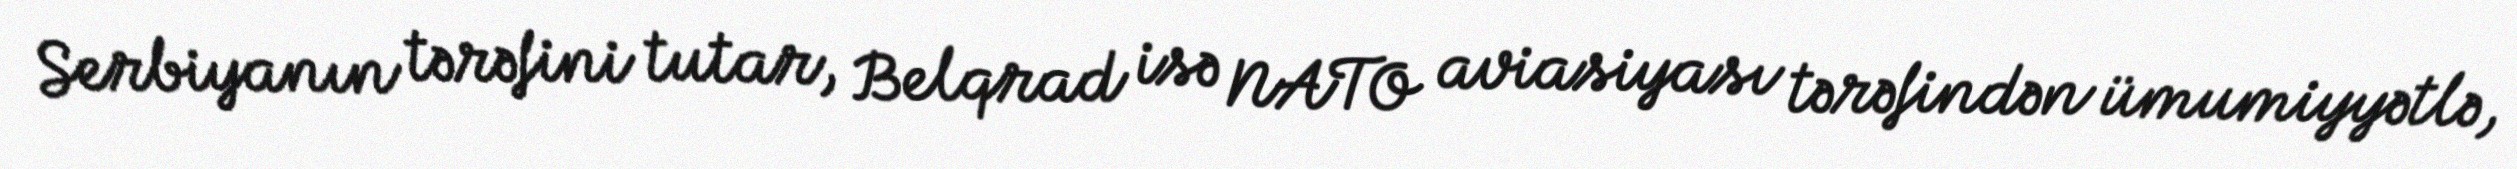
Serbiyanın tərəfini tutar, Belqrad isə NATO aviasiyası tərəfindən ümumiyyətlə,